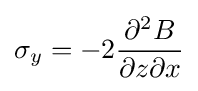
\sigma _{y}=-2{\frac {\partial ^{2}B}{\partial z\partial x}}